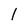
Character: 1